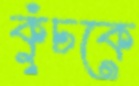
কুঁচকে